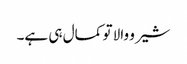
شیرو والا تو کمال ہی ہے۔